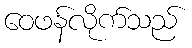
ဝေဖန်လိုက်သည်